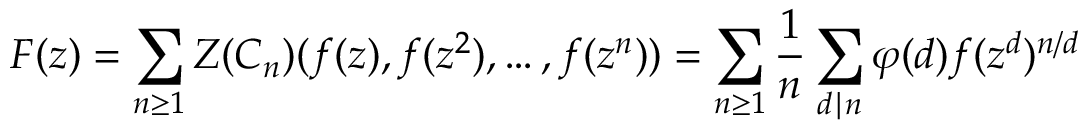
F ( z ) = \sum _ { n \geq 1 } Z ( C _ { n } ) ( f ( z ) , f ( z ^ { 2 } ) , \ldots , f ( z ^ { n } ) ) = \sum _ { n \geq 1 } { \frac { 1 } { n } } \sum _ { d \mid n } \varphi ( d ) f ( z ^ { d } ) ^ { n / d }